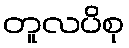
တူလပိစု